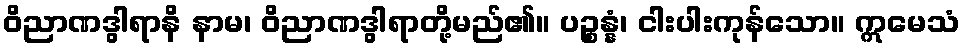
ဝိညာဏဒွါရာနိ နာမ၊ ဝိညာဏဒွါရာတို့မည်၏။ ပဉ္စန္နံ၊ ငါးပါးကုန်သော။ ဣမေသံ